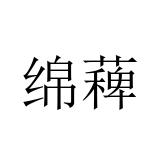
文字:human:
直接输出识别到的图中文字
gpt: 绵薭